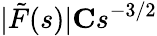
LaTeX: |\tilde{F}(s)|\le Cs^{-3/2}